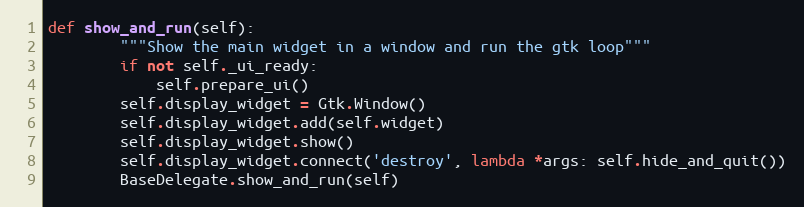
Language: Python
def show_and_run(self):
        """Show the main widget in a window and run the gtk loop"""
        if not self._ui_ready:
            self.prepare_ui()
        self.display_widget = Gtk.Window()
        self.display_widget.add(self.widget)
        self.display_widget.show()
        self.display_widget.connect('destroy', lambda *args: self.hide_and_quit())
        BaseDelegate.show_and_run(self)